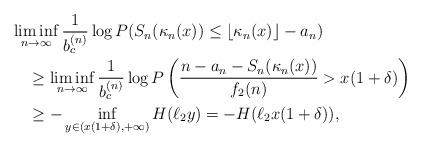
LaTeX: \begin{align*}&\liminf_{n\to\infty}\frac{1}{b_c^{(n)}}\log P(S_n(\kappa_n(x))\leq\lfloor\kappa_n(x)\rfloor-a_n)\\&\,\,\,\,\,\,\geq\liminf_{n\to\infty}\frac{1}{b_c^{(n)}}\log P\left(\frac{n-a_n-S_n(\kappa_n(x))}{f_2(n)}>x(1+\delta)\right)\\&\,\,\,\,\,\,\geq-\inf_{y\in (x(1+\delta),+\infty)}H(\ell_2 y)=-H(\ell_2 x(1+\delta)),\end{align*}